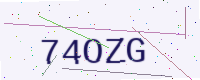
Text: 74OZG